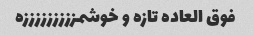
فوق العاده تازه و خوشمزززززززززه